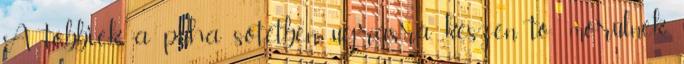
A többiek a puha sötétben, ugrásra készen tö- mörülnek,